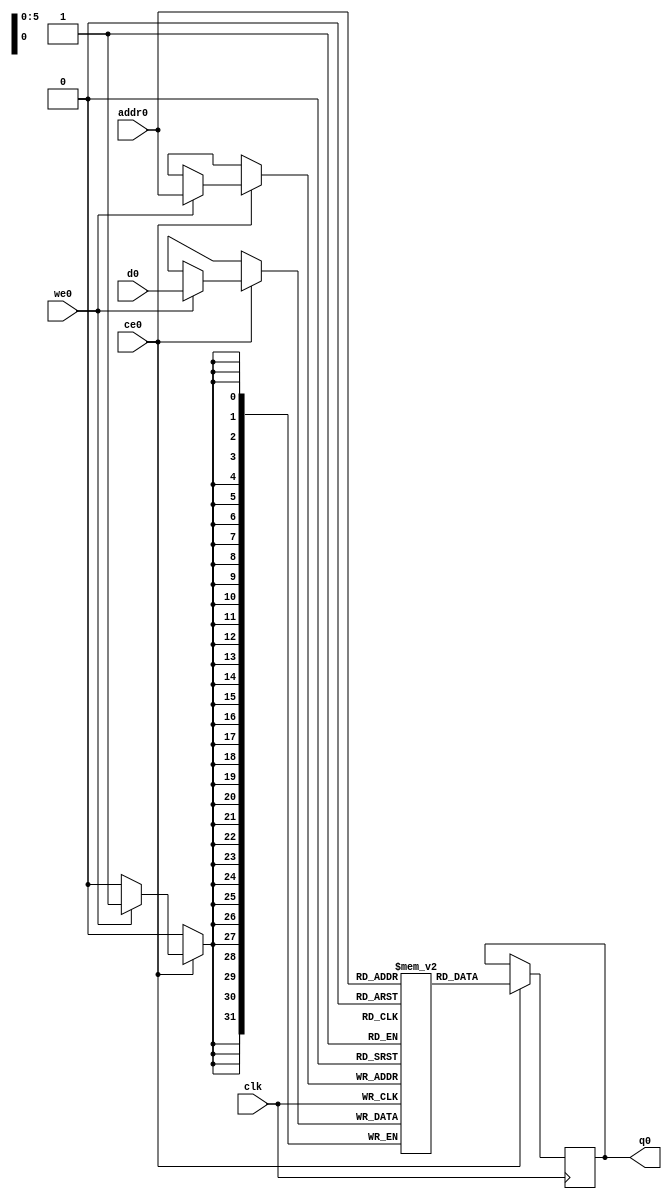
// ==============================================================
// Vivado(TM) HLS - High-Level Synthesis from C, C++ and SystemC v2019.2 (64-bit)
// Copyright 1986-2019 Xilinx, Inc. All Rights Reserved.
// ==============================================================
`timescale 1 ns / 1 ps
module mmult_hw_local_out_ram (addr0, ce0, d0, we0, q0,  clk);

parameter DWIDTH = 32;
parameter AWIDTH = 6;
parameter MEM_SIZE = 64;

input[AWIDTH-1:0] addr0;
input ce0;
input[DWIDTH-1:0] d0;
input we0;
output reg[DWIDTH-1:0] q0;
input clk;

(* ram_style = "block" *)reg [DWIDTH-1:0] ram[0:MEM_SIZE-1];




always @(posedge clk)  
begin 
    if (ce0) begin
        if (we0) 
            ram[addr0] <= d0; 
        q0 <= ram[addr0];
    end
end


endmodule

`timescale 1 ns / 1 ps
module mmult_hw_local_out(
    reset,
    clk,
    address0,
    ce0,
    we0,
    d0,
    q0);

parameter DataWidth = 32'd32;
parameter AddressRange = 32'd64;
parameter AddressWidth = 32'd6;
input reset;
input clk;
input[AddressWidth - 1:0] address0;
input ce0;
input we0;
input[DataWidth - 1:0] d0;
output[DataWidth - 1:0] q0;



mmult_hw_local_out_ram mmult_hw_local_out_ram_U(
    .clk( clk ),
    .addr0( address0 ),
    .ce0( ce0 ),
    .we0( we0 ),
    .d0( d0 ),
    .q0( q0 ));

endmodule